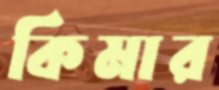
কিমার